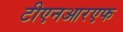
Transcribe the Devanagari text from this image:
टीएनआरएफ